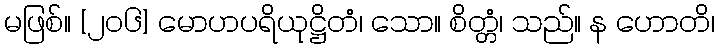
မဖြစ်။ [၂၀၆] မောဟပရိယုဋ္ဌိတံ၊ သော။ စိတ္တံ၊ သည်။ န ဟောတိ၊